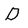
Character: D